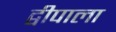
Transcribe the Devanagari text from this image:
द्वीपाला